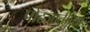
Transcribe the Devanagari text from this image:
पोटजातीच्या